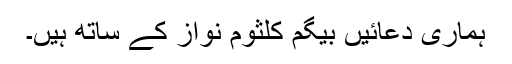
ہماری دعائیں بیگم کلثوم نواز کے ساتھ ہیں۔